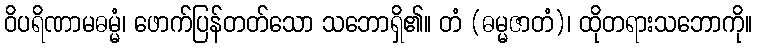
ဝိပရိဏာမဓမ္မံ၊ ဖောက်ပြန်တတ်သော သဘောရှိ၏။ တံ (ဓမ္မဇာတံ)၊ ထိုတရားသဘောကို။